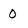
Character: 0